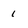
Character: 1